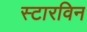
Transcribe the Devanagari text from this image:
स्टारविन